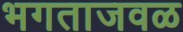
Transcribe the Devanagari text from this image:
भगताजवळ